Indian journal of veterinary science and animal husbandry - Volume 10,
Year: 1940
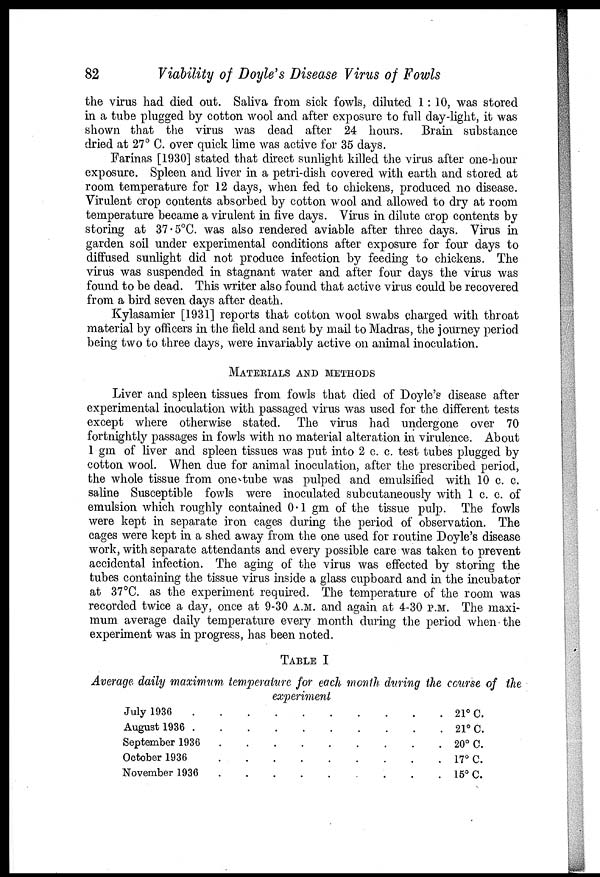
82
Viability of Doyle's Disease Virus of Fowls
the virus had died out. Saliva from sick fowls, diluted 1: 10, was stored
in a tube plugged by cotton wool and after exposure to full day-light, it was
shown that the virus was dead after 24 hours. Brain substance
dried at 27° C. over quick lime was active for 35 days.
Farinas [1930] stated that direct sunlight killed the virus after one-hour
exposure. Spleen and liver in a petri-dish covered with earth and stored at
room temperature for 12 days, when fed to chickens, produced no disease.
Virulent crop contents absorbed by cotton wool and allowed to dry at room
temperature became a virulent in five days. Virus in dilute crop contents by
storing at 37.5°C. was also rendered aviable after three days. Virus in
garden soil under experimental conditions after exposure for four days to
diffused sunlight did not produce infection by feeding to chickens. The
virus was suspended in stagnant water and after four days the virus was
found to be dead. This writer also found that active virus could be recovered
from a bird seven days after death.
Kylasamier [1931] reports that cotton wool swabs charged with throat
material by officers in the field and sent by mail to Madras, the journey period
being two to three days, were invariably active on animal inoculation.
MATERIALS AND METHODS
Liver and spleen tissues from fowls that died of Doyle's disease after
experimental inoculation with passaged virus was used for the different tests
except where otherwise stated. The virus had undergone over 70
fortnightly passages in fowls with no material alteration in virulence. About
1 gm of liver and spleen tissues was put into 2 c. c. test tubes plugged by
cotton wool. When due for animal inoculation, after the prescribed period,
the whole tissue from one tube was pulped and emulsified with 10 c. c.
saline Susceptible fowls were inoculated subcutaneously with 1 c. c. of
emulsion which roughly contained 0.1 gm of the tissue pulp. The fowls
were kept in separate iron cages during the period of observation. The
cages were kept in a shed away from the one used for routine Doyle's disease
work, with separate attendants and every possible care was taken to prevent
accidental infection. The aging of the virus was effected by storing the
tubes containing the tissue virus inside a glass cupboard and in the incubator
at 37°C. as the experiment required. The temperature of the room was
recorded twice a day, once at 9-30A.M. and again at 4-30 P.M. The maxi-
mum average daily temperature every month during the period when the
experiment was in progress, has been noted.
TABLE I
Average daily maximum temperature for each month during the course of the
experiment
July 1936
August 1936
September 1936
....
October 1936
....
November 1936
....
21° C.
21° C.
20° C.
17° C.
15° C.